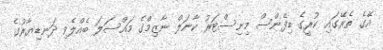
އޭގެ ތެރޭގައި ކުރީގެ ޑިފެންސް މިނިސްޓަރު ކާނަލް ނާޒިމްގެ މައްސަލަަ ބެއްލެވި ދަނޑިޔާރުގެ